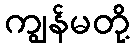
ကျွန်မတို့